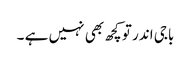
باجی اندر تو کچھ بھی نہیں ہے ۔